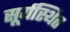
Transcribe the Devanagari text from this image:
सूर्यस्थित